Indian journal of veterinary science and animal husbandry - Volume 11,
Year: 1941
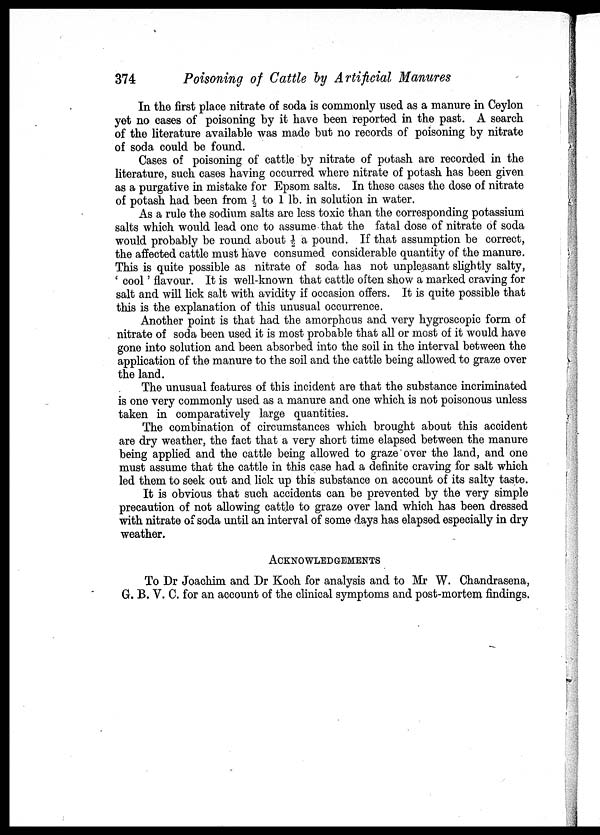
374
Poisoning of Cattle by Artificial Manures
In the first place nitrate of soda is commonly used as a manure in Ceylon
yet no cases of poisoning by it have been reported in the past. A search
of the literature available was made but no records of poisoning by nitrate
of soda could be found.
Cases of poisoning of cattle by nitrate of potash are recorded in the
literature, such cases having occurred where nitrate of potash has been given
as a purgative in mistake for Epsom salts. In these cases the dose of nitrate
of potash had been from ½ to 1 lb. in solution in water.
As a rule the sodium salts are less toxic than the corresponding potassium
salts which would lead one to assume that the fatal dose of nitrate of soda
would probably be round about½ a pound. If that assumption be correct,
the affected cattle must have consumed considerable quantity of the manure.
This is quite possible as nitrate of soda has not unpleasant slightly salty,
' cool ' flavour. It is well-known that cattle often show a marked craving for
salt and will lick salt with avidity if occasion offers. It is quite possible that
this is the explanation of this unusual occurrence.
Another point is that had the amorphous and very hygroscopic form of
nitrate of soda been used it is most probable that all or most of it would have
gone into solution and been absorbed into the soil in the interval between the
application of the manure to the soil and the cattle being allowed to graze over
the land.
The unusual features of this incident are that the substance incriminated
is one very commonly used as a manure and one which is not poisonous unless
taken in comparatively large quantities.
The combination of circumstances which brought about this accident
are dry weather, the fact that a very short time elapsed between the manure
being applied and the cattle being allowed to graze over the land, and one
must assume that the cattle in this case had a definite craving for salt which
led them to seek out and lick up this substance on account of its salty taste.
It is obvious that such accidents can be prevented by the very simple
precaution of not allowing cattle to graze over land which has been dressed
with nitrate of soda until an interval of some days has elapsed especially in dry
weather.
ACKNOWLEDGEMENTS
To Dr Joachim and Dr Koch for analysis and to Mr W. Chandrasena,
G. B. V. C. for an account of the clinical symptoms and post-mortem findings.